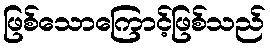
ဖြစ်သောကြောင့်ဖြစ်သည်